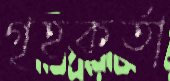
গৃহকর্তা